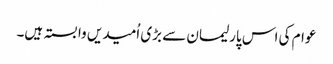
عوام کی اس پارلیمان سے بڑی اُمیدیں وابستہ ہیں۔